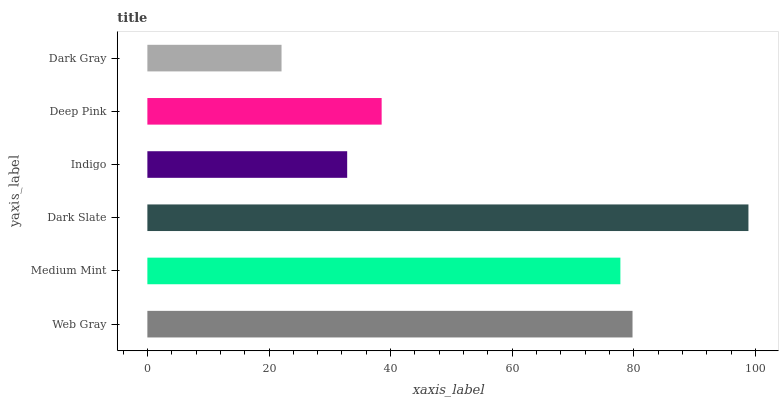
| yaxis_label | bars |
 | --- | --- |
 | Web Gray | 79.8 |
 | Medium Mint | 77.8 |
 | Dark Slate | 98.8 |
 | Indigo | 32.9 |
 | Deep Pink | 38.5 |
 | Dark Gray | 22.1 |